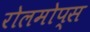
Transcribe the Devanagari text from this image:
रोलमोप्स